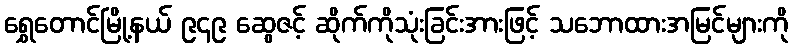
ရွှေတောင်မြို့နယ် ၉၄၉ ဆွေဇင့် ဆိုက်ကိုသုံးခြင်းအားဖြင့် သဘောထားအမြင်များကို